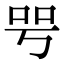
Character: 㕺